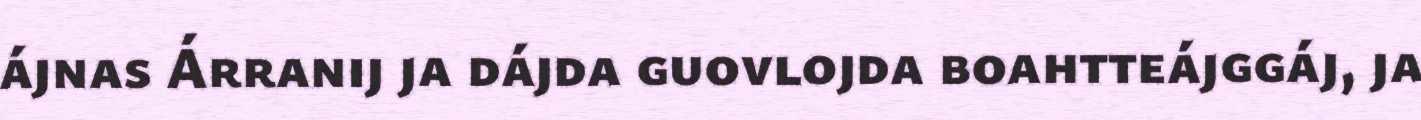
ájnas Árranij ja dájda guovlojda boahtteájggáj, ja